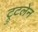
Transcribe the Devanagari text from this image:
ट्रुटलेन